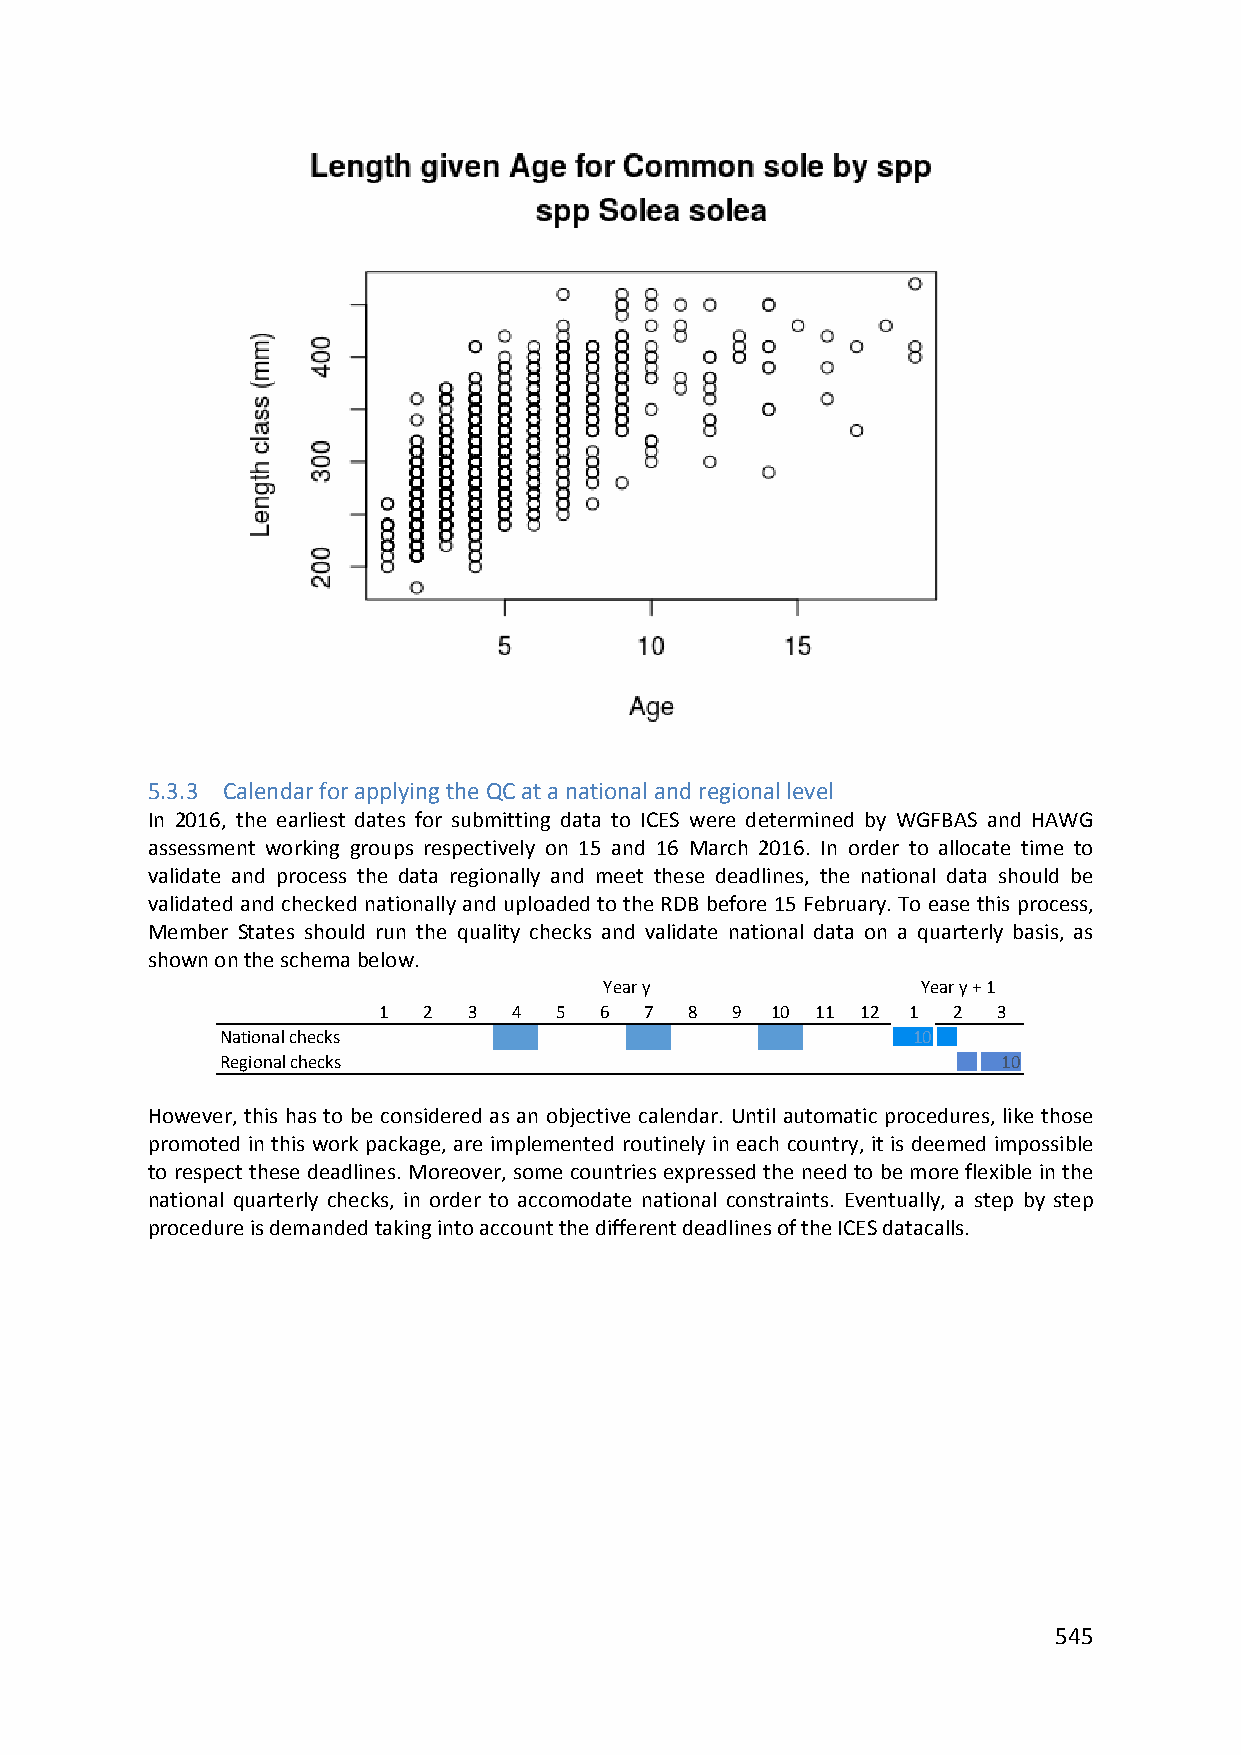
5.3.3 Calendar for applying the QC at a national and regional level
 In 2016, the earliest dates for submitting data to ICES were determined by WGFBAS and HAWG
 assessment working groups respectively on 15 and 16 March 2016. In order to allocate time to
 validate and process the data regionally and meet these deadlines, the national data should be
 validated and checked nationally and uploaded to the RDB before 15 February. To ease this process,
 Member States should run the quality checks and validate national data on a quarterly basis, as
 shown on the schema below.
 Year y               Year y + 1
 1  2  3  4  5  6  7  8 9  10 11 12 1  2  3
 National checks                              10  5
 Regional checks                                5   10
 However, this has to be considered as an objective calendar. Until automatic procedures, like those
 promoted in this work package, are implemented routinely in each country, it is deemed impossible
 to respect these deadlines. Moreover, some countries expressed the need to be more flexible in the
 national quarterly checks, in order to accomodate national constraints. Eventually, a step by step
 procedure is demanded taking into account the different deadlines of the ICES datacalls.
 545